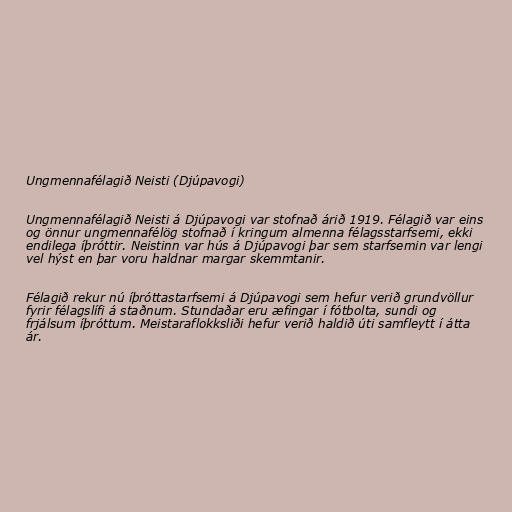
Ungmennafélagið Neisti (Djúpavogi)

Ungmennafélagið Neisti á Djúpavogi var stofnað árið 1919. Félagið var eins
og önnur ungmennafélög stofnað í kringum almenna félagsstarfsemi, ekki
endilega íþróttir. Neistinn var hús á Djúpavogi þar sem starfsemin var lengi
vel hýst en þar voru haldnar margar skemmtanir.

Félagið rekur nú íþróttastarfsemi á Djúpavogi sem hefur verið grundvöllur
fyrir félagslífi á staðnum. Stundaðar eru æfingar í fótbolta, sundi og
frjálsum íþróttum. Meistaraflokksliði hefur verið haldið úti samfleytt í átta
ár.